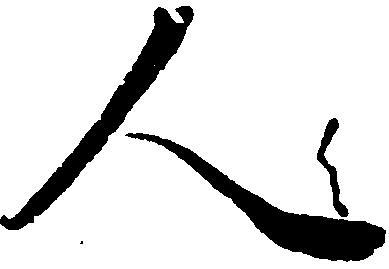
人